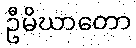
ဦမိဃာတော